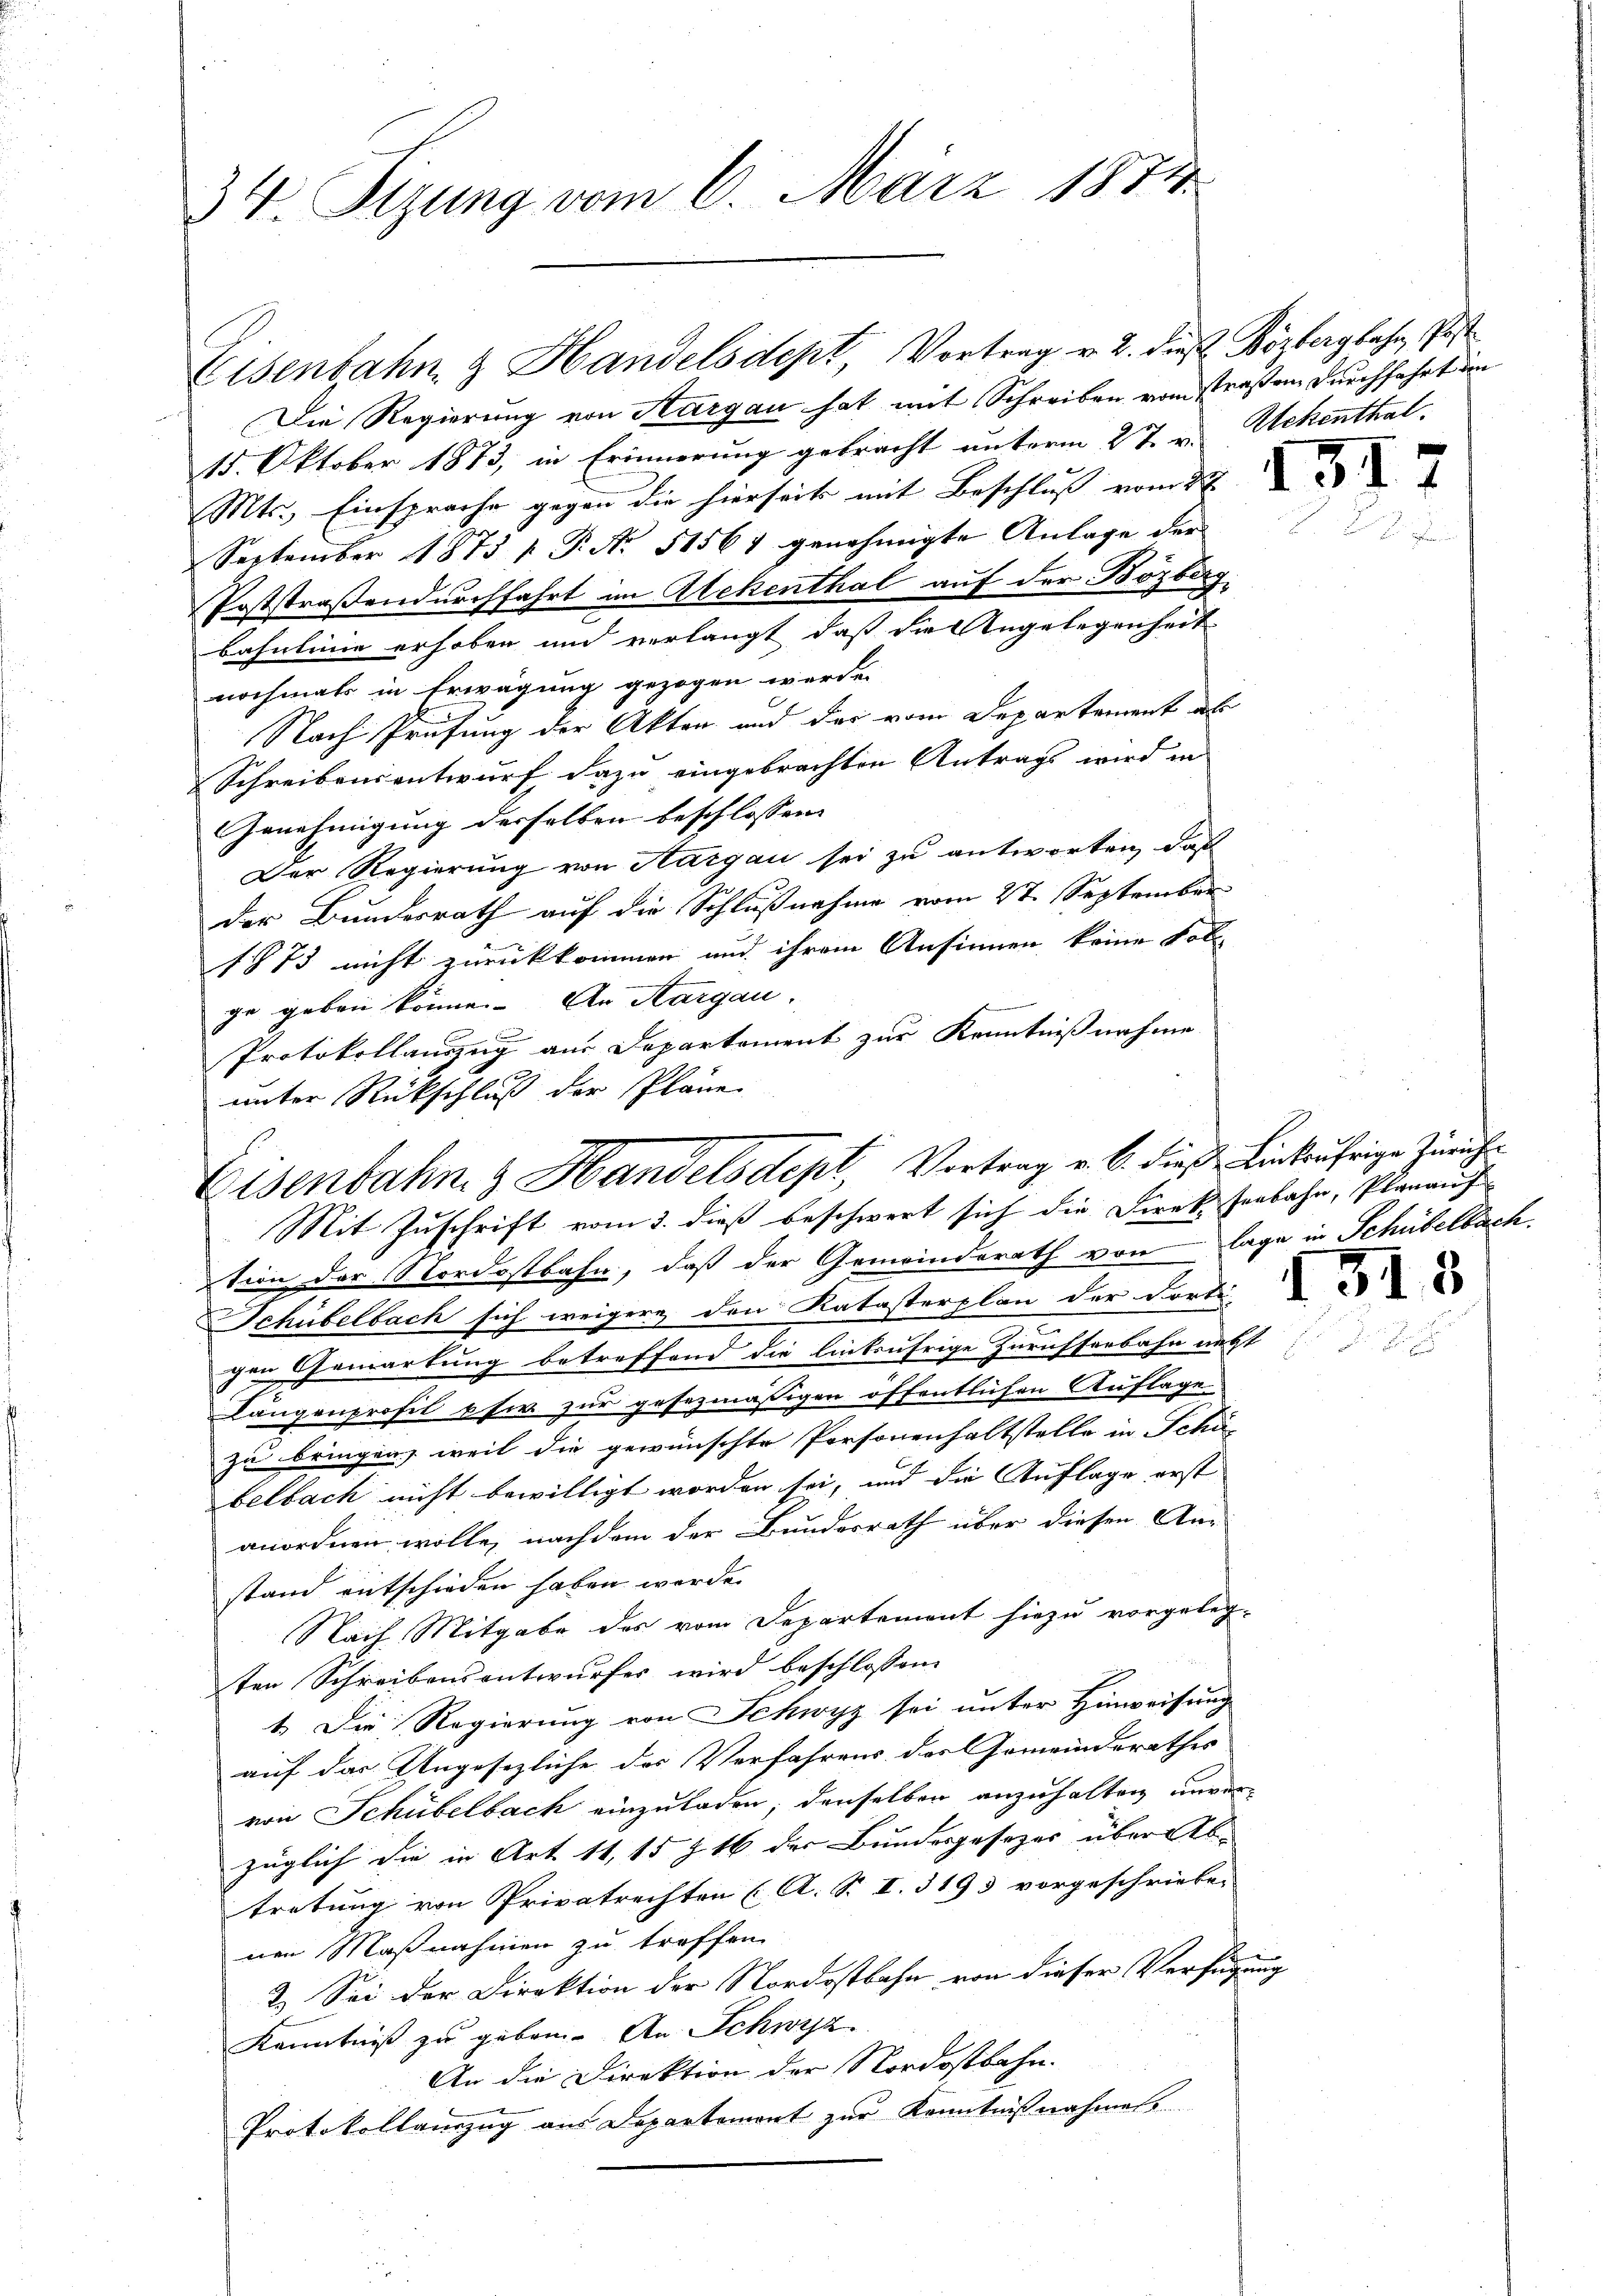
34. Sizung vom 6. März 1874

Die Regierung von Hargau hat mit Schreiben vom Straßen durchfahrt den
15. Oktober 1873, in Erinnerung gebracht unterm 27. v. Schenthal.
Mts. Einsprache gegen die hierseits mit Beschluß vom 27.
September 1873 f. P. No. 51567 genehmigte Anlage der
Poststraßendurchfahrt im Ackenthal auf der Bözberg,
bahnlinie erhoben und verlangt, daß die Angelegenheit
nochmals in Erwägung gezogen werde.
Nach Prüfung der Akten und der vom Departement als
Schreibensentwurf dazu eingebrachten Antrags wird in
Genehmigung derselben beschlossen:
Der Regierung von Hargau sei zu antworten, daß
der Bundesrath auf die Schlußnahme vom 27. September
1873 nicht zurückkommen und ihrem Ansinnen keine Fol-
ge geben könne. An Aargau.
Protokollauszug aus Departement zur Kenntnißnahme
127
unter Rückschluß der Pläne

Eisenbahn & Handelsdept, Vortrag v. 6. dieß Linkufrige Züricht
Mit Zuschrift vom 2. dieß beschwert sich die Direktenbahn, Planauf

Eisenbahn & Handelsdept, Vortrag v. 2. dieß Bözbergbahn, Post

tion der Nordostbahn, daß der Gemeinderath von Lage in Schübelbach.
Schübelbach sich weigere den Katasterplan der Forde
gen Gewartung betreffend die linkufrige Zürichserbahn nett
Längenprofil pfer zur gesezmässigen öffentlichen Auflage
zu bringen, weil die gewünschte Personenhaltstelle in Schübelbach nicht bewilligt worden sei, und die Auflage erst
anordnen wolle, nachdem der Bundesrath über diesen An-
stand entschieden haben werde.
Nach Mitgabe des vom Departement hiezu vorgeleg-
ten Schreibensentwurfes wird beschlossen:
1. Die Regierung von Schwyz sei unter Hinweisung
auf das Ungesezliche des Verfahrens des Gemeinderathes
von Schübelbach einzuladen; denselben anzuhalten unverzüglich die in Art. 11, 15 § 16 der Bundesgesezes über Abtretung von Privatrechten (A. S. I. § 193 vorgeschrieben
nen Maßnahmen zu treffen.
2.) Sei der Direktion der Nordostbahn von dieser Verfügung
Kenntniß zu geben. An Schwyz
An die Direktion der Nordostbahn.
Protokollauszug aus Departement zur Kenntnißnahmes

151

.